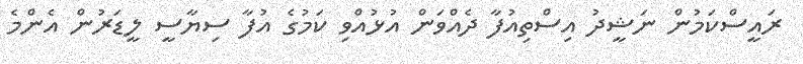
ރައީސްކަމުން ނަޝީދު އިސްތިއުފާ ދެއްވަން އުޅުއްވި ކަމުގެ އުފާ ސިޔާސީ ލީޑަރުން އެންމެ